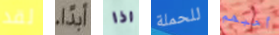
لقد ابداً اذا للحملة أحبهم